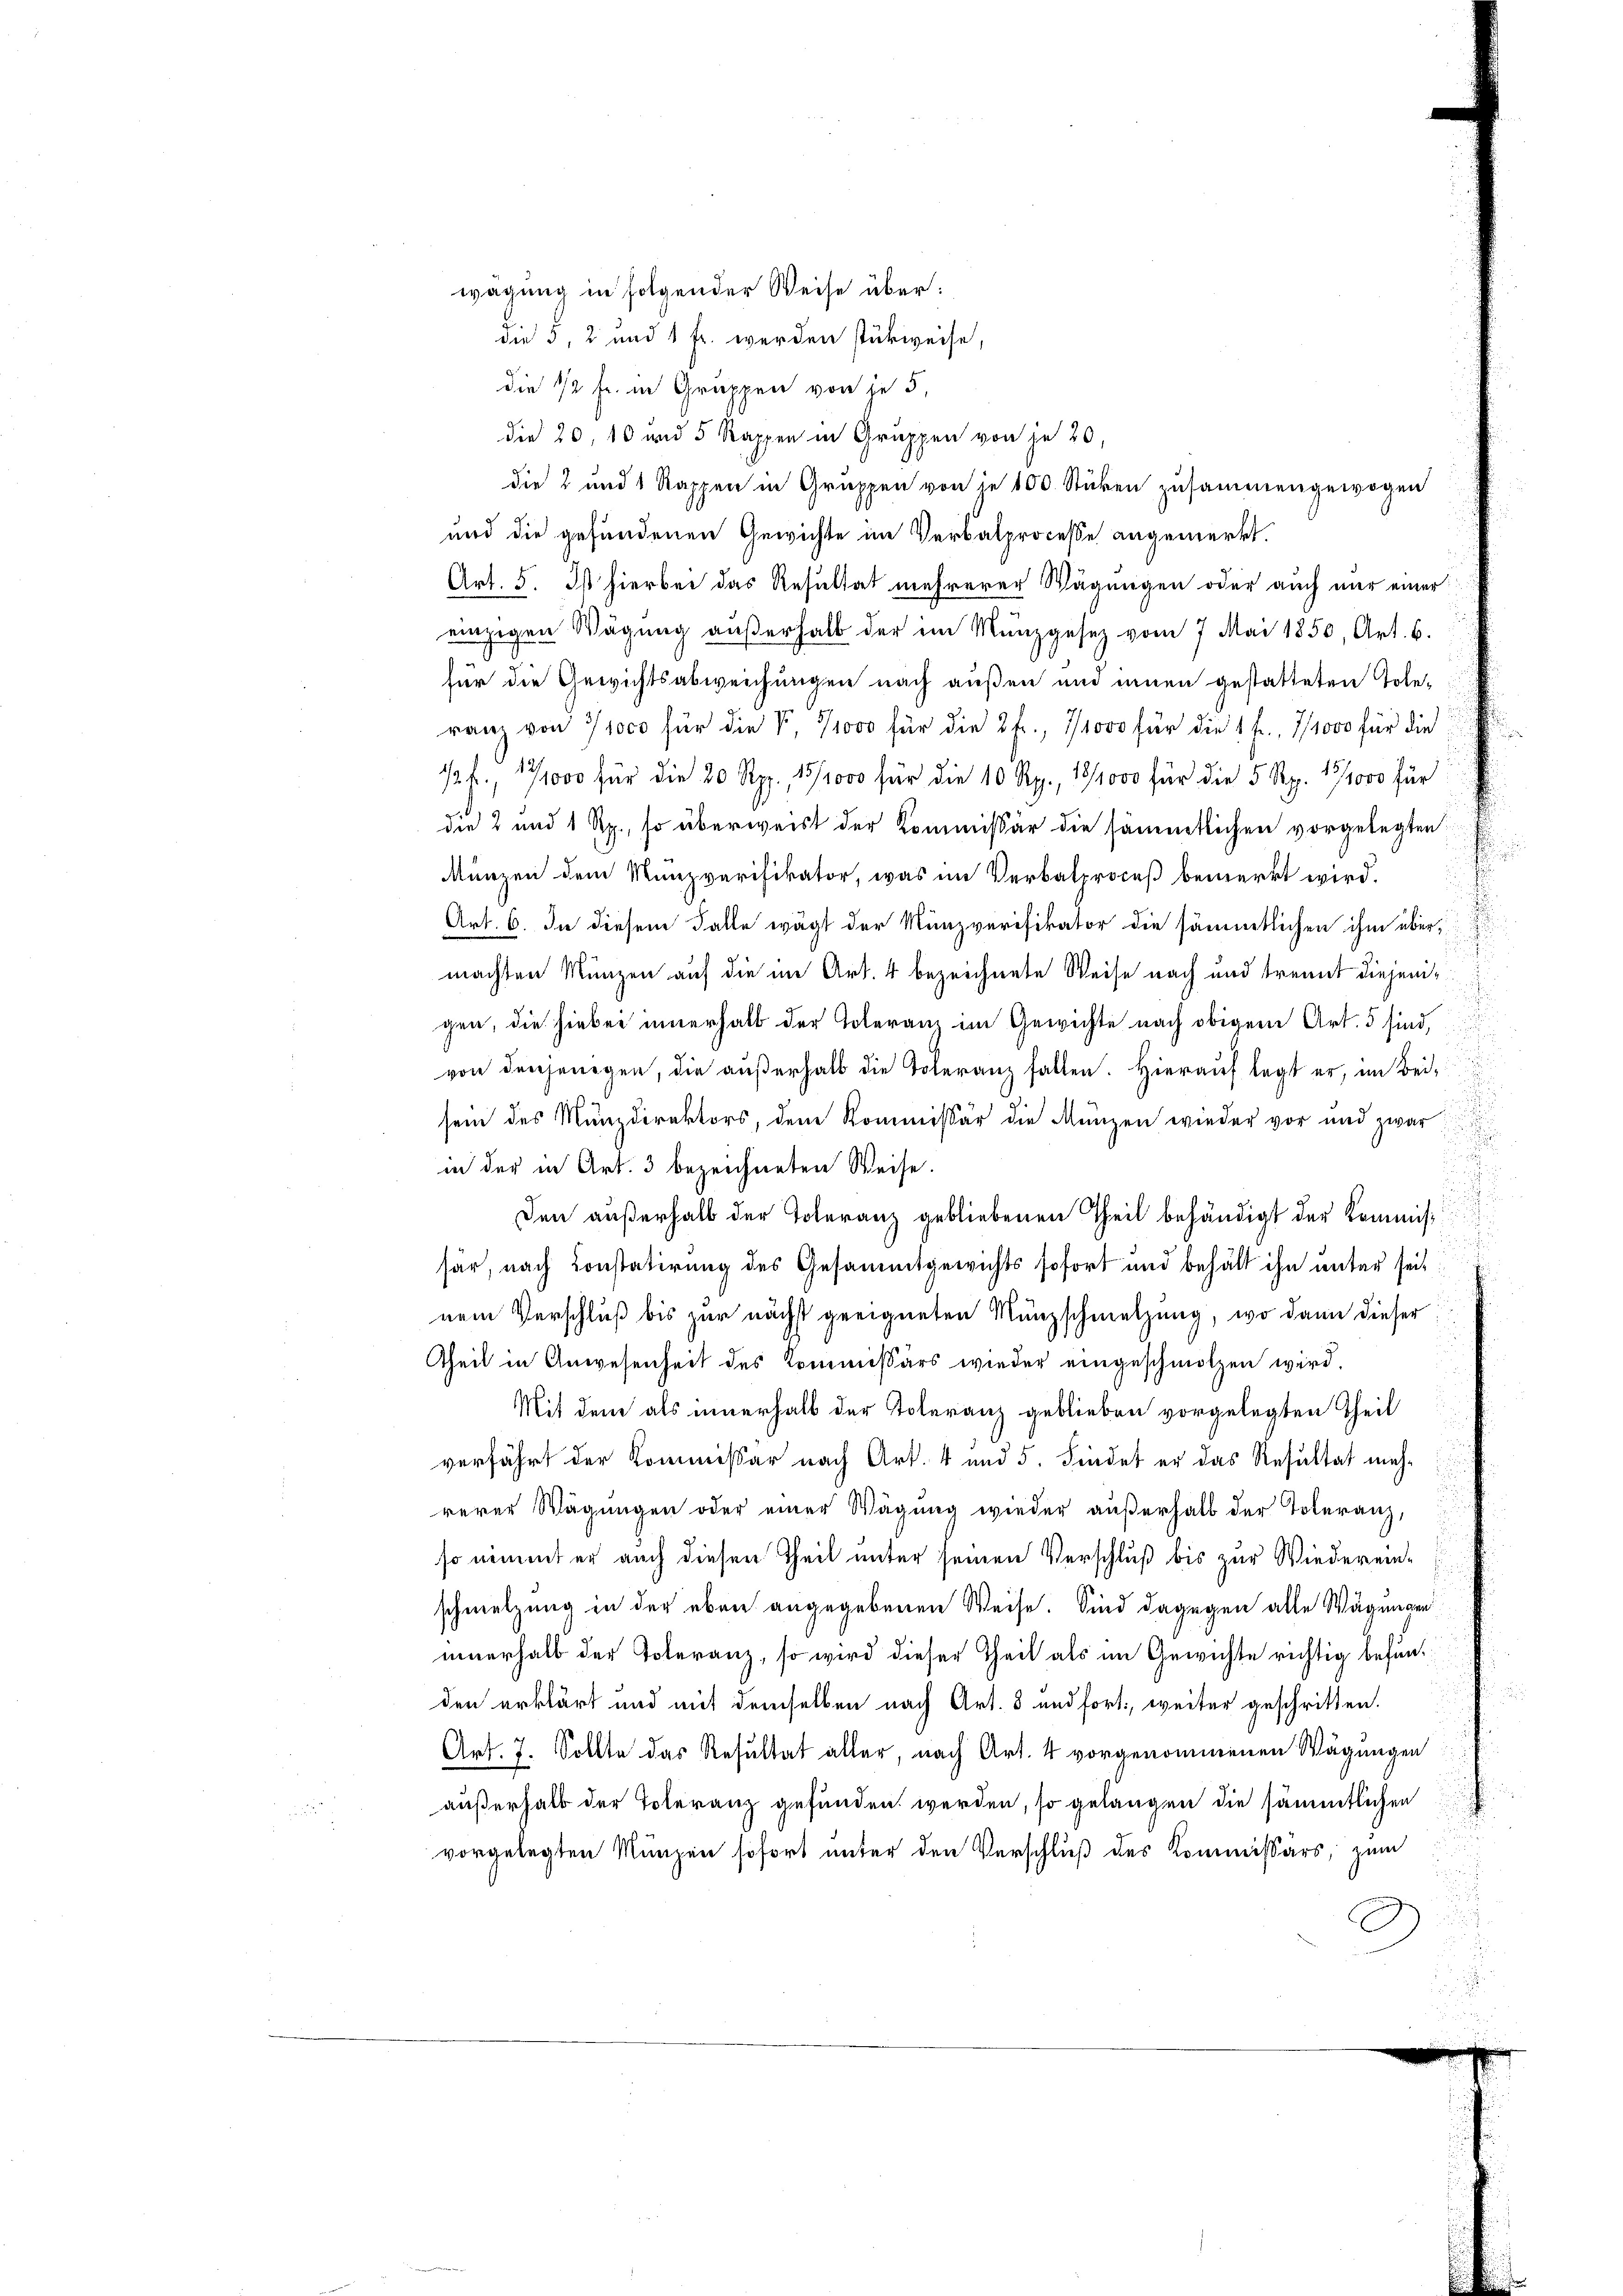
die 5, 2 und 1 Fr. werden stückweise,
die 1/2 fr. in Gruppen von je 5
die 20, 10 und 5 Rappen in Gruppen von je 20
die 2 und 1 Rappen in Gruppen von in 100 Stücken zusammengewogen
und die gefundenen Gewichte im Verbalprocesse angemerkt.
Art. 5. Ist hierbei das Resultat mehrerer Wägungen oder auch nur einer
einzigen Wägŭng aŭβerhalb der im Münzgesetz vom 7 Mai 1850, Art. 6.
für die Gewichtsabweichungen nach außen und einen gestatteten Tole-
ranz von 71000 für die V, 1/1000 für die 2 fr., 1/1000 für die 1 f., 7/1000 für die
12 f., 17/1000 für die 20 Rp., 1512000 für die 10 Rp., 18/1000 für die 5 Rp. 17/1000 für
die 2 und 1 Rp., so überweist der Kommissär die sämmtlichen vorgelegten E
Münzen dem Munzvarifikator, was im Verbalproceß bemerkt wird.
Art. 6. In diesem Falle wägt der Münzverifikator die sämmtlichen ihm übermachten Münzen auf die im Art. 4 bezeichnete Weise nach und trennt diejenigen, die hiebei innerhalb der Toleranz im Gewichte nach obigem Art. 5 sind,
von denjenigen, die außerhalb die Toleranz fallen. Hierauf legt er, im Beisein des Münzdirektors, dem Kommissär die Münzen wieder vor und zwar
in der in Art. 3 bezeichneten Weise.
i
Den außerhalb der Toleranz gebliebenen Theil behändigt der Kommissär, nach Constatirung des Gesammtgewichts sofort und behält ihn unter seinem Verschluß bis zur nächst geeigneten Münzschmetzung, wo dann dieser
Theil in Anwesenheit des Kommissärs wieder eingeschmolzen wird.
Mit dem als innerhalb der Toleranz geblieben vorgelegten Theil
verfährt der Kommissar nach Art. 4 und 5. Findet er das Resultat meh
rerer Wägungen oder einer Wägung wieder außerhalb der Toteranz,
so nimmt er auch diesen Theil unter seinen Verschluß bis zur Wiedereinschmetzung in der eben angegebenen Weise. Sind dagegen alle Wägungen
innerhalb der Noteranz, so wird dieser Theil als im Gewichte richtig befunden erklärt und mit demselben nach Art. 8 und fort, weiter geschritten.
Art. 7. Sollte das Resultat aller, nach Art. 4 vorgenommenen Wägungen
außerhalb der Toleranz gefunden werden, so gelangen die sämmtlichen
vorgelegten Münzen sofort unter den Verschluß des Kommissärs, zum

wägung in folgender Weise über: